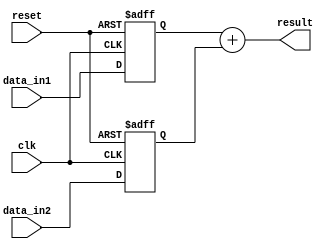
module fixed_point_adder (
    input [15:0] data_in1,
    input [15:0] data_in2,
    input clk,
    input reset,
    output reg [15:0] result
);

reg [15:0] input_reg1;
reg [15:0] input_reg2;

// Register to hold the two inputs
always @(posedge clk or posedge reset) begin
    if (reset) begin
        input_reg1 <= 16'b0;
        input_reg2 <= 16'b0;
    end else begin
        input_reg1 <= data_in1;
        input_reg2 <= data_in2;
    end
end

// Combinatorial logic block to perform addition
assign result = input_reg1 + input_reg2;

endmodule